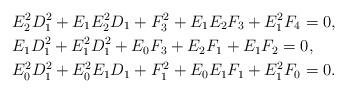
LaTeX: \begin{align*}&E_2^2D_1^2+E_1E_2^2D_1+F_3^2+E_1E_2F_3+E_1^2F_4=0,\\&E_1D_1^2+E_1^2D_1^2+E_0F_3+E_2F_1+E_1F_2=0,\\&E_0^2D_1^2+E_0^2E_1D_1+F_1^2+E_0E_1F_1+E_1^2F_0=0.\end{align*}